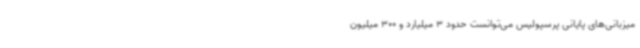
میزبانی‌های پایانی پرسپولیس می‌توانست حدود 3 میلیارد و 300 میلیون